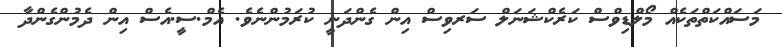
މަސައްކަތްތަކެއް މޯލްޑިވްސް ކަރެކްޝަނަލް ސަރވިސް އިން ގެންދަނީ ކުރަމުންނެވެ. އެމް.ސީ.އެސް އިން ދެމުންގެންދާ